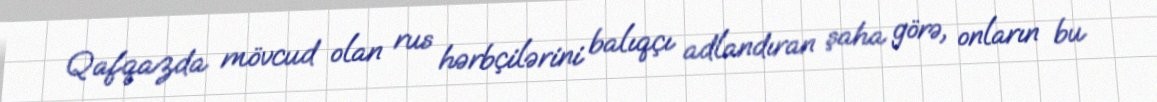
Qafqazda mövcud olan rus hərbçilərini balıqçı adlandıran şaha görə, onların bu